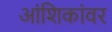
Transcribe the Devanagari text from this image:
आंशिकांवर